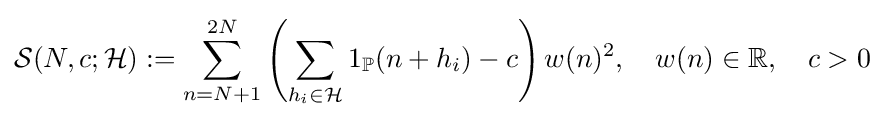
{\mathcal {S}}(N,c;{\mathcal {H}}):=\sum \limits _{n=N+1}^{2N}\left(\sum \limits _{h_{i}\in {\mathcal {H}}}1_{\mathbb {P} }(n+h_{i})-c\right)w(n)^{2},\quad w(n)\in \mathbb {R} ,\quad c>0